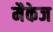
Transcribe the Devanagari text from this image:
मैकेज